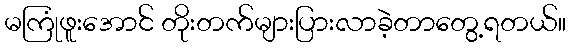
မကြုံဖူးအောင် တိုးတက်များပြားလာခဲ့တာတွေ့ရတယ်။